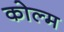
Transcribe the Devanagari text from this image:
कोल्म